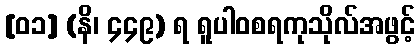
[၀၁] (နိ၊ ၄၄၉) ရ ရူပါဝစရကုသိုလ်အဖွင့်